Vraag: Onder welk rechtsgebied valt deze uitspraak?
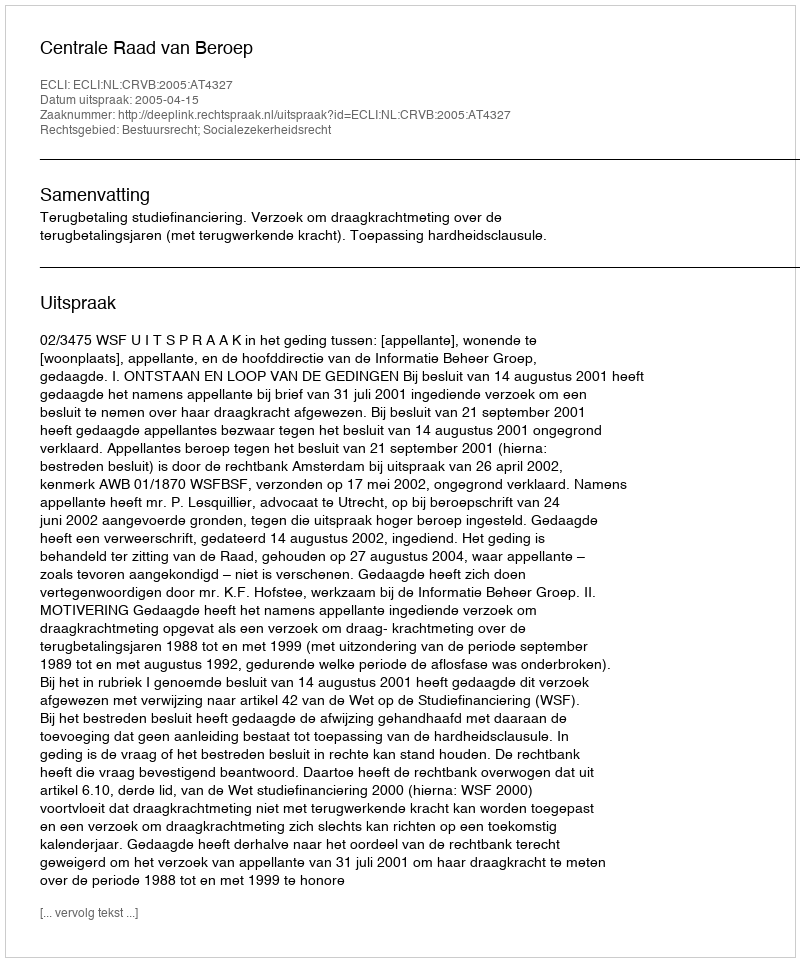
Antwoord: Bestuursrecht; Socialezekerheidsrecht